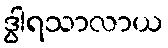
ဒွါရသာလာယ